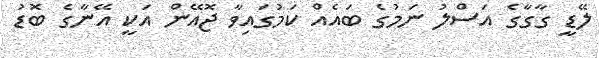
ލޭޑީ ގާގާގެ އަސްލު ނަމުގެ ބައެއް ކަމުގައިވާ ޖޮއޭން އަކީ އޭނާގެ ބޮޑު